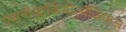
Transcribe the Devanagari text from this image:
एथनोआर्कियोलॉजिकल